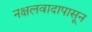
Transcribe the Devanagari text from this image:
नक्षलवादापासून